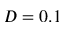
D = 0 . 1